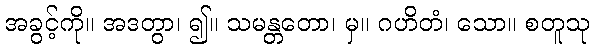
အခွင့်ကို။ အဒတွာ၊ ၍။ သမန္တတော၊ မှ။ ဂဟိတံ၊ သော။ စတူသု